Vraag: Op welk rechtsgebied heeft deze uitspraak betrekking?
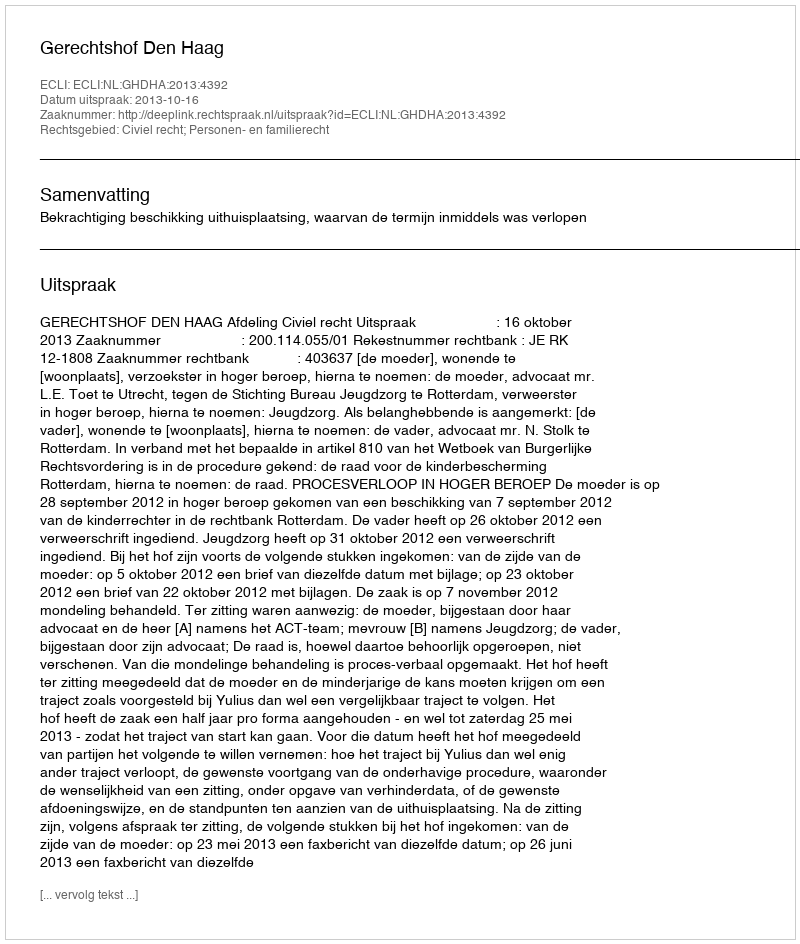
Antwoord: Civiel recht; Personen- en familierecht